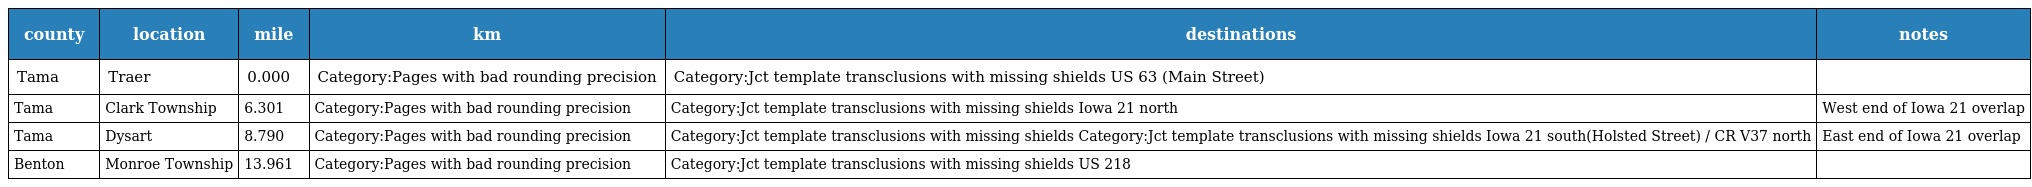
| county | location | mile | km | destinations | notes |
 | --- | --- | --- | --- | --- | --- |
 | Tama | Traer | 0.000 | Category:Pages with bad rounding precision | Category:Jct template transclusions with missing shields US 63 (Main Street) |  |
 | Tama | Clark Township | 6.301 | Category:Pages with bad rounding precision | Category:Jct template transclusions with missing shields Iowa 21 north | West end of Iowa 21 overlap |
 | Tama | Dysart | 8.790 | Category:Pages with bad rounding precision | Category:Jct template transclusions with missing shields Category:Jct template transclusions with missing shields Iowa 21 south(Holsted Street) / CR V37 north | East end of Iowa 21 overlap |
 | Benton | Monroe Township | 13.961 | Category:Pages with bad rounding precision | Category:Jct template transclusions with missing shields US 218 |  |